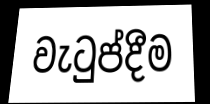
වැටුප්දීම